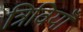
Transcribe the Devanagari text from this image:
त्रिवियाँ